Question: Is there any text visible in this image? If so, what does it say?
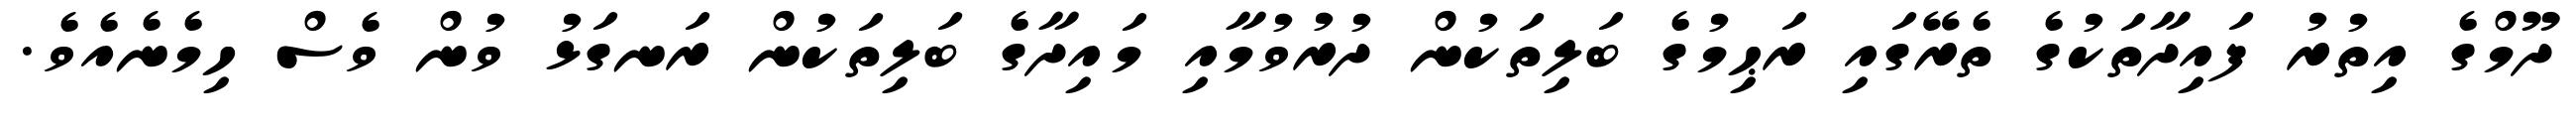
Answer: ދޫމްގެ އިތުރު ފައިދާތަކުގެ ތެރޭގައި ރަޙިމުގެ ބަލިތަކުން ދުރުވުމާއި މައިދާގެ ބަލިތަކުން ރަނގަޅު ވުން ވެސް ހިމެނެއެވެ.